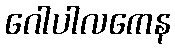
ဂေါပါလကေန